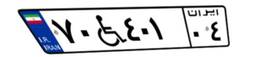
۲۹W۲۴۶۹۸